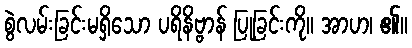
စွဲလမ်းခြင်းမရှိသော ပရိနိဗ္ဗာန် ပြုခြင်းကို။ အာဟ၊ ၏။